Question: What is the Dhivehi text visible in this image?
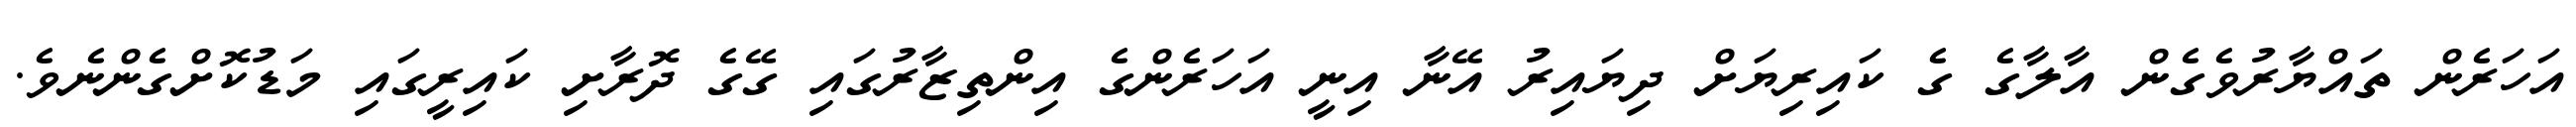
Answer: އަހަރެން ތައްޔާރުވެގެން އާލާގެ ގެ ކައިރިޔަށް ދިޔައިރު އޭނާ އިނީ އަހަރެންގެ އިންތިޒާރުގައި ގޭގެ ދޮރާށި ކައިރީގައި މަޑުކޮށްގެންނެވެ.